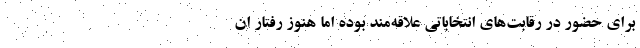
برای حضور در رقابت‌های انتخاباتی علاقه‌مند بوده اما هنوز رفتار ان